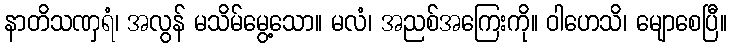
နာတိသဏှရံ၊ အလွန် မသိမ်မွေ့သော။ မလံ၊ အညစ်အကြေးကို။ ဝါဟေသိ၊ မျောစေပြီ။